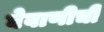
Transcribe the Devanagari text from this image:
घेवाणीची